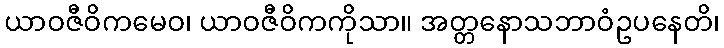
ယာဝဇီဝိကမေဝ၊ ယာဝဇီဝိကကိုသာ။ အတ္တနောသဘာဝံဥပနေတိ၊